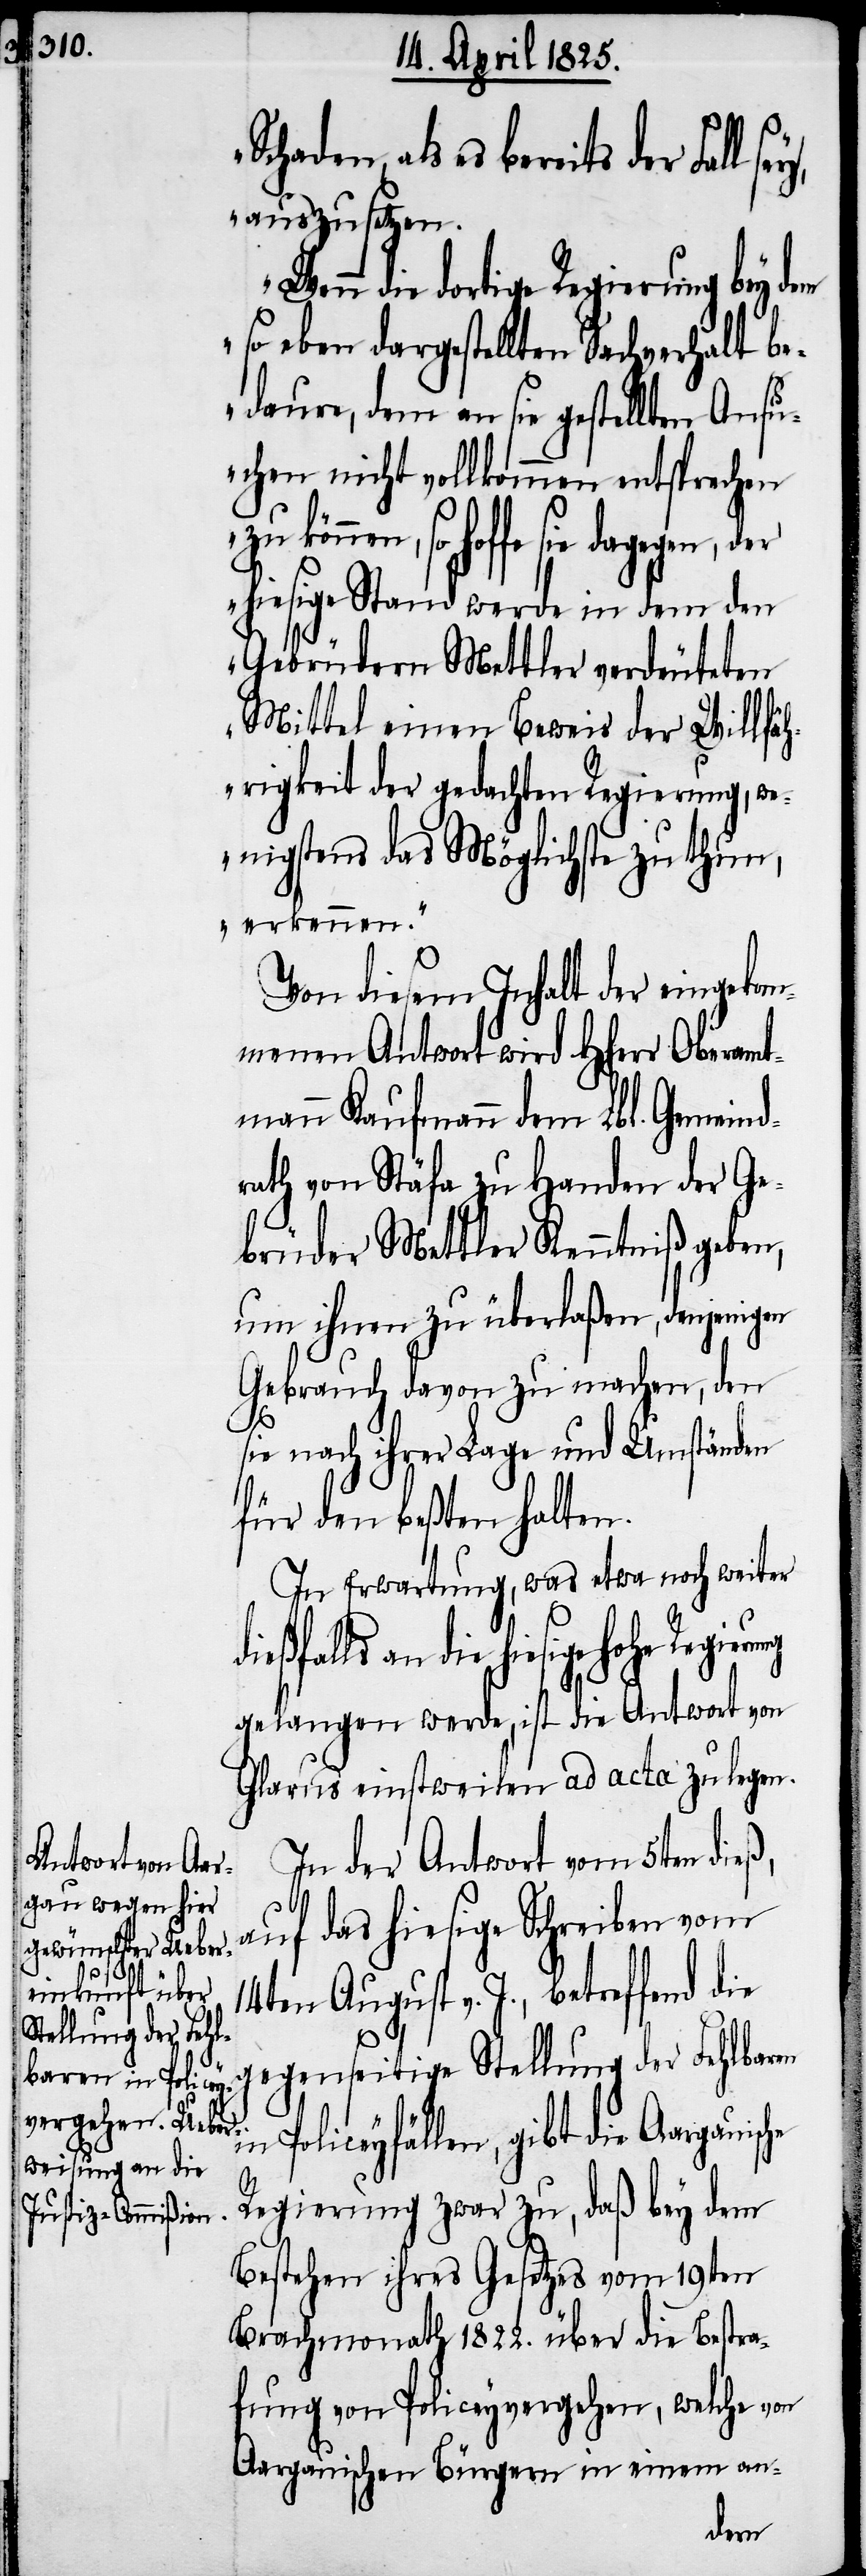
Schaden, als es bereits der
auszusetzen.
Wenn die dortige Regierung bey dem
so eben dargestellten Sachverhalt be¬
daure, dem an sie gestellten Ansu¬
chen nicht vollkommen entsprechen
so hoffe sie dagegen, der
hiesige Stand werde in dem den
Gebrüdern Mettler verdeuteten
Mittel einen Beweis der Willfäh¬
rigkeit der gedachten Regierung, we¬
nigstens das Möglichste zu thun,
erkennen.“
Von diesem Inhalt der eingekom¬
menen Antwort wird Hherr Oberamt¬
mann Kaufmann dem Lbl. Gemeind¬
rath von Stäfa zu Handen der Ge¬
brüder Mettler Kenntniß geben,
um ihnen zu überlaßen, denjenigen
Gebrauch davon zu machen, den
sie nach ihrer Lage und Umständen
für den beßten halten.
In Erwartung, was etwa noch weiter
die hiesige hohe Regierung
gelangen werde, ist die Antwort von
Glarus einstweilen ad acta zu legen.
In der Antwort vom 5ten dieß,
auf das hiesige Schreiben vom
14ten August v. J., betreffend die
gegenseitige Stellung der Fehlbaren
in Policeyfällen, gibt die Aargauische
Regierung zwar zu, daß bey dem
Bestehen ihres Gesetzes vom 19ten
Brachmonath 1822. über die Bestra¬
fung von Policeyvergehen, welche von
Aargauischen Bürgern in einem an-